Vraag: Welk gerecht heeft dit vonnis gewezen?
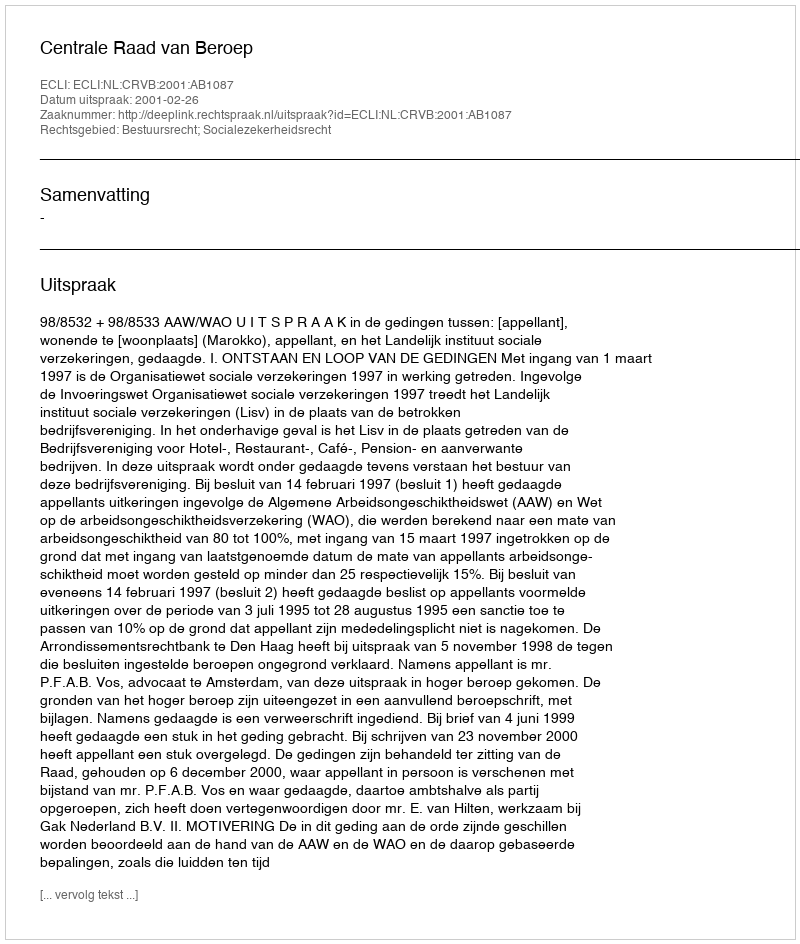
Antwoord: Centrale Raad van Beroep